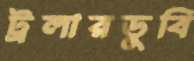
ট্রলারডুবি